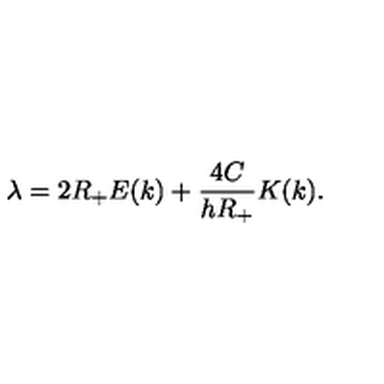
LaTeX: \lambda = 2 R _ { + } E ( k ) + \frac { 4 C } { h R _ { + } } K ( k ) .